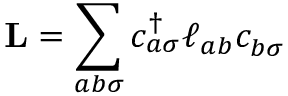
\mathbf { L } = \sum _ { a b \sigma } c _ { a \sigma } ^ { \dagger } \boldsymbol { \ell } _ { a b } c _ { b \sigma } ^ { \phantom { \dagger } }